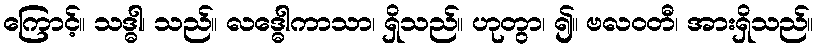
ကြောင့်။ သဒ္ဓါ၊ သည်။ လဒ္ဓေါကာသာ၊ ရှိသည်။ ဟုတွာ၊ ၍။ ဗလဝတီ၊ အားရှိသည်။